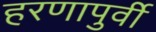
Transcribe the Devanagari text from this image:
हरणापुर्वी